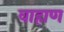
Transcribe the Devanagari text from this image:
वाहाण